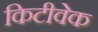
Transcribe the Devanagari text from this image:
किटीवेक